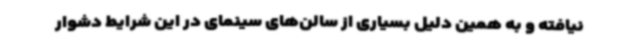
نیافته و به همین دلیل بسیاری از سالن‌های سینمای در این شرایط دشوار